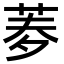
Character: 𦰀